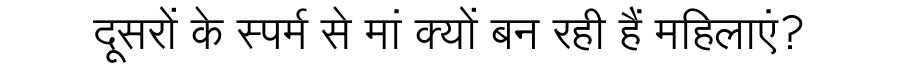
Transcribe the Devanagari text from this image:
दूसरों के स्पर्म से मां क्यों बन रही हैं महिलाएं?